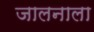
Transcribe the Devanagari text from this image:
जालनाला